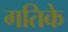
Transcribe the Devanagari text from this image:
गतिके